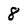
Character: 8